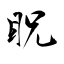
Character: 眖